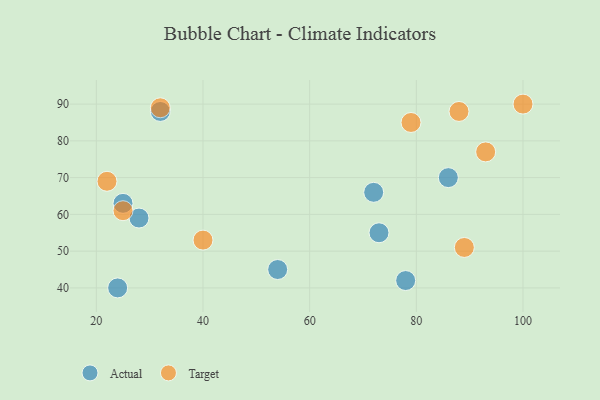
{"axis": {"x": "GDP", "y": "Life Expectancy"}, "legend": ["Actual", "Target"], "data": [{"x": "78", "y": 42, "type": "Actual"}, {"x": "54", "y": 45, "type": "Actual"}, {"x": "24", "y": 40, "type": "Actual"}, {"x": "32", "y": 88, "type": "Actual"}, {"x": "73", "y": 55, "type": "Actual"}, {"x": "28", "y": 59, "type": "Actual"}, {"x": "86", "y": 70, "type": "Actual"}, {"x": "72", "y": 66, "type": "Actual"}, {"x": "25", "y": 63, "type": "Actual"}, {"x": "88", "y": 88, "type": "Target"}, {"x": "22", "y": 69, "type": "Target"}, {"x": "25", "y": 61, "type": "Target"}, {"x": "89", "y": 51, "type": "Target"}, {"x": "32", "y": 89, "type": "Target"}, {"x": "79", "y": 85, "type": "Target"}, {"x": "93", "y": 77, "type": "Target"}, {"x": "100", "y": 90, "type": "Target"}, {"x": "40", "y": 53, "type": "Target"}]}